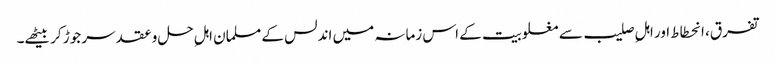
تفرق، انحطاط اور اہلِ صلیب سے مغلوبیت کے اس زمانہ میں اندلس کے مسلمان اہلِ حل وعقد سر جوڑ کر بیٹھے۔